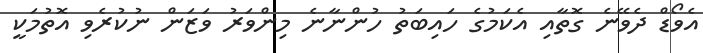
އެވޯޑް ދެވޭނެ ގޮތާއި އެކަމުގެ ހައިބަތު ހުންނާނެ މިންވަރު ވަޒަން ނުކުރެވި އޮތުމަކީ